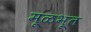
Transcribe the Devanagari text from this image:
मूळभूत